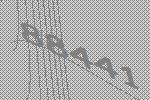
88441